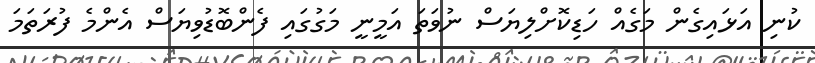
ކުނި އަޅައިގެން މަގެއް ހަޑިކޮށްލިޔަސް ނުވަތަ އަމީނީ މަގުގައި ފެންބޮޑުވިޔަސް އެންމެ ފުރަތަމަ